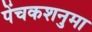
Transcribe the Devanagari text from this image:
पेंचकशनुमा